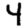
Digit: 4